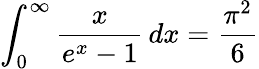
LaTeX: \int_{0}^{\infty}{\frac{x}{e^{x}-1}}\, dx={\frac{\pi^{2}}{6}}